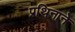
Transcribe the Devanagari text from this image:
प्रथिनाने